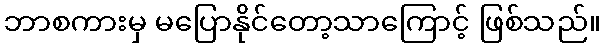
ဘာစကားမှ မပြောနိုင်တော့သာကြောင့် ဖြစ်သည်။